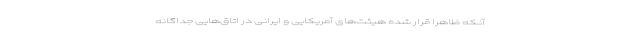
آنکه ظاهراً قرار شده هیئت‌های آمریکایی و ایرانی در اتاق‌هایی جداگانه